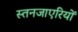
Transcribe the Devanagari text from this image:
स्तनजाएरियों